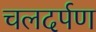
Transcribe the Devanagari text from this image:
चलदर्पण